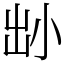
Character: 𡭧